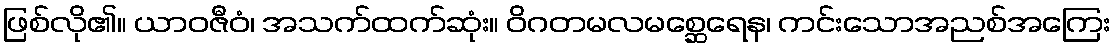
ဖြစ်လို၏။ ယာဝဇီဝံ၊ အသက်ထက်ဆုံး။ ဝိဂတမလမစ္ဆေရေန၊ ကင်းသောအညစ်အကြေး